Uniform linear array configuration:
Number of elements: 48
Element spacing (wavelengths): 0.25
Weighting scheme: exponential
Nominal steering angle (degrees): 0
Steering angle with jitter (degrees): -0.7179
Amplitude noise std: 0.05
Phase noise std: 0.05

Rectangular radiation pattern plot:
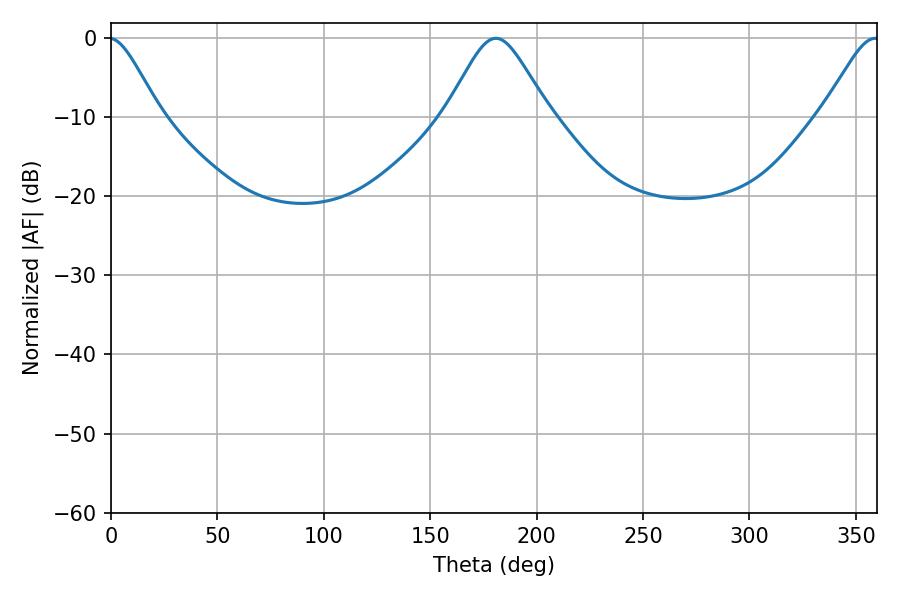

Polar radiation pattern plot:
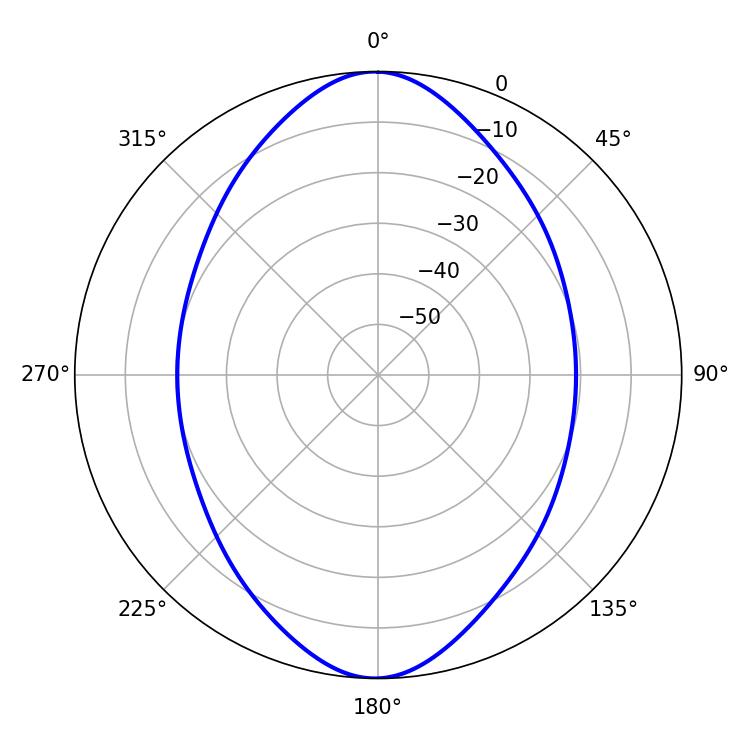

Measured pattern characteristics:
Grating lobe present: FALSE
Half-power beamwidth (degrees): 23.4
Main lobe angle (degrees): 180.9